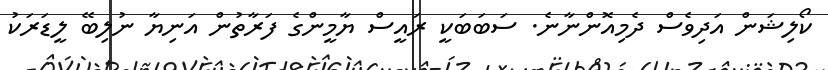
ކޯލިޝަން އަދިވެސް ދެމިއޮންނާނެ. ސަބަބަކީ ރައީސް ޔާމީންގެ ފަރާތުން އަނިޔާ ނުލިބޭ ލީޑަރަކު